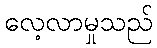
လေ့လာမှုသည်